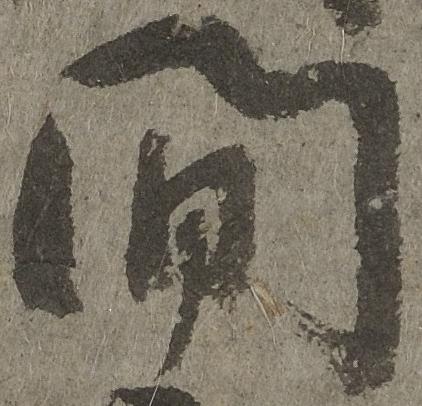
間